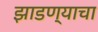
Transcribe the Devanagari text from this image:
झाडण्याचा